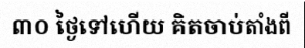
៣០ ថ្ងៃទៅហើយ គិតចាប់តាំងពី